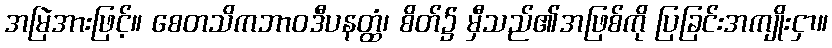
အမြဲအားဖြင့်။ စေတသိကဘာဝဒီပနတ္ထံ၊ စိတ်၌ မှီသည်၏အဖြစ်ကို ပြခြင်းအကျိုးငှာ။